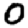
Digit: 0